Indian journal of veterinary science and animal husbandry - Volume 6,
Year: 1936
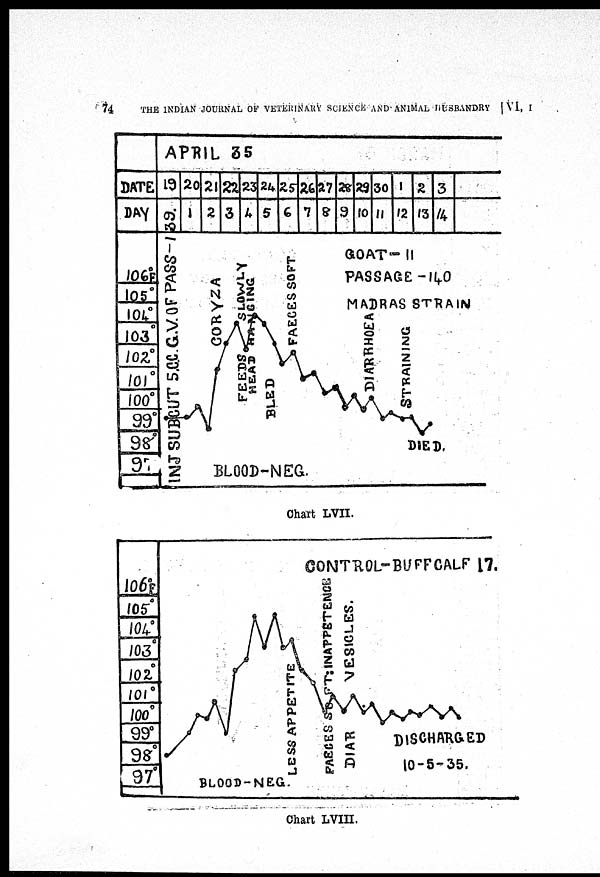
74
THE INDIAN JOURNAL OF VETERINARY SCIENCE AND ANIMAL HUSBANDRY [ VI, I
Chart LVII.
Chart LVIII.